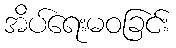
အိပ်ရေးမဝခြင်း